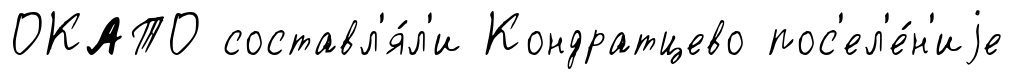
ОКАТО составл'я́л'и Кондратцево пос'ел'е́н'иjе